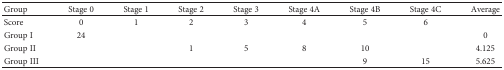
<table><thead><tr><td><b>Group</b></td><td><b>Stage 0</b></td><td><b>Stage 1</b></td><td><b>Stage 2</b></td><td><b>Stage 3</b></td><td><b>Stage 4A</b></td><td><b>Stage 4B</b></td><td><b>Stage 4C</b></td><td><b>Average</b></td></tr></thead><tbody><tr><td>Score</td><td>0</td><td>1</td><td>2</td><td>3</td><td>4</td><td>5</td><td>6</td><td></td></tr><tr><td>Group I</td><td>24</td><td></td><td></td><td></td><td></td><td></td><td></td><td>0</td></tr><tr><td>Group II</td><td></td><td></td><td>1</td><td>5</td><td>8</td><td>10</td><td></td><td>4.125</td></tr><tr><td>Group III</td><td></td><td></td><td></td><td></td><td></td><td>9</td><td>15</td><td>5.625</td></tr></tbody></table>